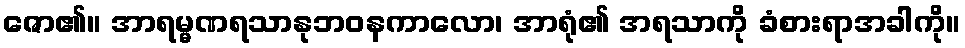
ဇော၏။ အာရမ္မဏရသာနုဘဝနကာလော၊ အာရုံ၏ အရသာကို ခံစားရာအခါကို။